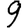
Digit: 9